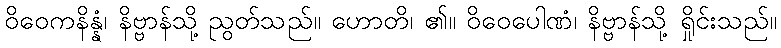
ဝိဝေကနိန္နံ၊ နိဗ္ဗာန်သို့ ညွတ်သည်။ ဟောတိ၊ ၏။ ဝိဝေပေါဏံ၊ နိဗ္ဗာန်သို့ ရှိုင်းသည်။